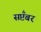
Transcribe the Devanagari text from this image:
सप्टँबर